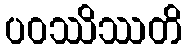
ပဝဿိဿတိ